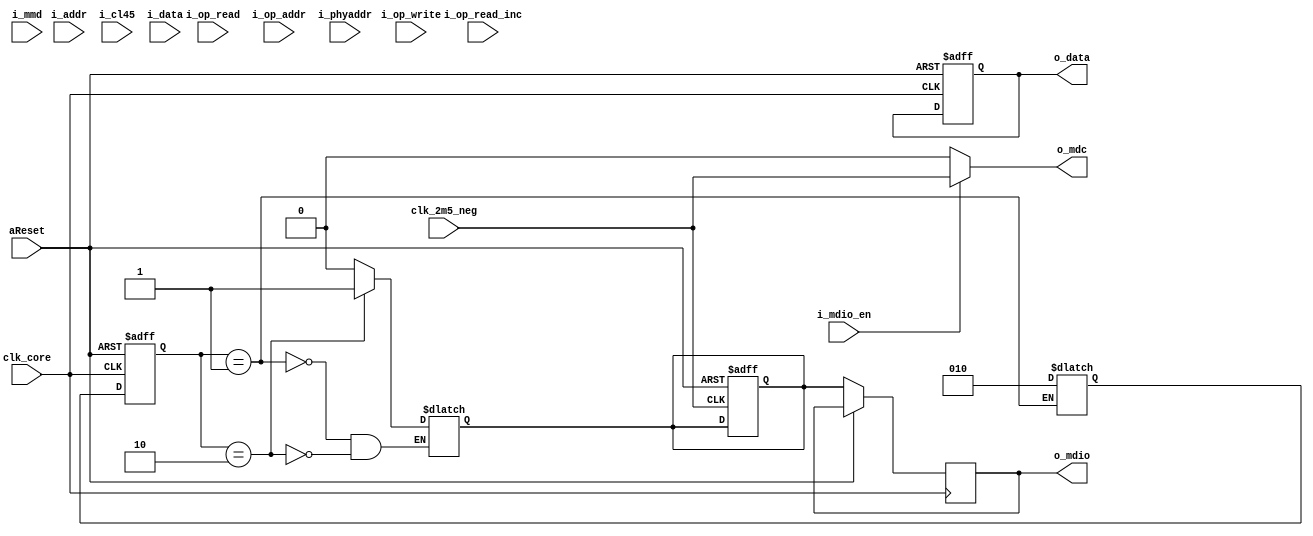
module mdio_master(

    input wire clk_2m5_neg,                         //! Negated 2.5MHz clock
    input wire clk_core,                            //! Clock used for the core, sync with 2.5MHz
    input wire aReset,                              //! Asynchronous reset
    input wire i_mdio_en,                           //! MDIO enable signal, lifts clock gating
    input wire i_op_write,                          //! MDIO write operation signal
    input wire i_op_read,                           //! MDIO read operation signal
    input wire i_op_addr,                           //! MDIO address operation signal
    input wire i_op_read_inc,                       //! MDIO read and post read increment operation signal
    input wire [4:0] i_phyaddr,                     //! MDIO phyaddress
    input wire [4:0] i_addr,                        //! MDIO regaddress
    input wire [15:0] i_mmd,                        //! MDIO MMD (for CL45)
    input wire i_cl45,                              //! Clause 45 indication signal, active high
    input wire [15:0] i_data,                       //! MDIO data field
    output wire [15:0] o_data,                      //! MDIO read output

    output wire o_mdio,                             //! MDIO data pin interface
    output wire o_mdc                               //! MDIO clock pin interface


    );

    // Parameter declaration
    localparam ST_IDLE = 3'h0;                      //! MDIO FSM stays idle when it is not enabled
    localparam ST_START = 3'h1;                     //! MDIO starts when enabled and lifts clock gating
    localparam ST_SEND_PREAMBLE = 3'h2;             //! MDIO sends the first 32 high bits preamble to initiate the transaction
    localparam ST_SEND_MESSAGE = 3'h3;              //! MDIO sends the pattern
    localparam ST_TURNAROUND_WAIT = 3'h4;           //! MDIO waits the turnaround from the slave
    localparam ST_READ_RESPONSE = 3'h5;             //! If operation is a read, MDIO waits for the response after the turnaround
    localparam ST_STOP = 3'h6;                      //! Transaction is finished, now clear variables and go back in idle
    localparam ST_ERROR = 3'h7;                     //! Error state, triggered by wrong op passed

    // Reg declarations
    reg [15:0] data_out;                            //! If operation is read, this is the result in output
    reg [2:0] state;                                //! State of the MDIO fsm
    reg [2:0] state_next;                           //! Next state of the fsm
    reg mdio;                                       //! MDIO data pin
    reg mdio_next;                                  //! Next value of MDIO data pin
    reg [5:0] counter;                              //! Counter for MDIO bits (based on 2.5MHz clk)
    reg [5:0] counter_next;                         //! Next counter value
    reg counter_en;                                 //! Enable bit for MDIO bit counter
    reg preamble_en;                                //! Signal to send the preamble
    reg preamble_en_next;                           //! Next signal for preamble

    // Wire declarations
    wire [1:0] mdio_ST;                             //! ST field of MDIO message, indicates the clause. 01 for cl22, 00 for cl45
    wire [1:0] mdio_OP;                             //! OP field of MDIO message, indicates the operation
    /*
    Operation code is defined as follows:
        Clause 22:
            Write           -> 01
            Read            -> 10
        
        Clause 45:
            Address         -> 00
            Write           -> 01
            Read            -> 11
            Read + Addr     -> 10
    */
    wire [4:0] mdio_PHYADDR;                        //! PHYADDR field of MDIO message, indicates the address of the slave device
    wire [4:0] mdio_REGADDR;                        //! REGADDR field of MDIO message, indicates the target register address
    wire [1:0] mdio_TA;                             //! TA field of MDIO message, turnaround bit to allow the bus ownership to be passe from master to slave
    wire [15:0] mdio_DATA;                          //! DATA field of MDIO message, contains data. Driven by master during write and by slave during read
    wire cl_22_op_valid;                            //! Validity of CL22 operation
    wire cl45_op_valid;                             //! Validity of CL45 operation
    wire mdio_op_valid;                             //! Valid CL22 or CL45 operation
    wire mdc;                                       //! MDC internal wire, connects to the 2.5MHz negated clk


    // Wire assignments
    assign o_data = data_out;
    assign o_mdio = mdio;
    assign o_mdc = mdc;
    assign mdc = i_mdio_en ? clk_2m5_neg : 1'b0;

    assign mdio_ST = i_cl45 ? 2'b00 : 2'b01;        //! The ST field of MDIO is 01 for Clause 22 accesses and 00 for Clause 45
    assign mdio_OP = 
                     !i_cl45 ? (i_op_write ? 2'b01 : 2'b10) : //! Clause 22 operations
                     (i_op_addr ? 2'b00 :                     //! Clause 45 operations
                      i_op_write ? 2'b01 :
                      i_op_read ? 2'b11 :
                      2'b10);

    //! A clause 22 operation is considered valid if it is only one between the write or read operation, but not the cl45 ops
    assign cl22_op_valid = !i_cl45 & (i_op_write ^ i_op_read) & !(i_op_addr | i_op_read_inc);

    //! A clause 45 operation is considered valid if it is only one between all the possible operations
    assign cl45_op_valid = i_cl45 & (i_op_read ^ i_op_write ^ i_op_addr ^ i_op_read_inc) &
                                    (i_op_read | i_op_write | i_op_addr | i_op_read_inc);

    //! The MDIO operation is valid if either cl45 or cl22 operations are valid
    assign mdio_op_valid = cl22_op_valid | cl45_op_valid;

    always @(posedge clk_2m5_neg, posedge aReset) begin
        if(aReset) begin
            mdio_next <= 1'b0;

        end
        
    end

    always @(posedge clk_core, posedge aReset) begin : fsm_seq //! Sequential part of the MDIO master FSM
        if(aReset) begin
            state <= ST_IDLE;
            data_out <= 16'h0;         
        end
        else begin
            state <= state_next;
            mdio <= mdio_next;
            preamble_en <= preamble_en_next;
            
        end
    end

    always @(*) begin
        

        case (state)
            
        ST_START : begin
            mdio_next <= 1'b0;
            state_next <= ST_SEND_PREAMBLE;
        end

        ST_SEND_PREAMBLE : begin
            mdio_next <= 1'b1;
            preamble_en_next <= 1'b1;

        end

        endcase
    end

endmodule